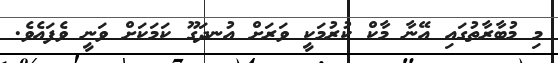
މި މުބާރާތުގައި އޭނާ މާކް ކުރުމަކީ ވަރަށް އުނދަގޫ ކަމަކަށް ވަނީ ވެފައެވެ.